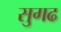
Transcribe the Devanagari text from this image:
सुगढ